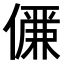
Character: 𠏊